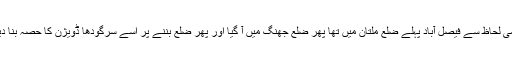
انتظامی لحاظ سے فیصل آباد پہلے ضلع ملتان میں تھا پھر ضلع جھنگ میں آ گیا اور پھر ضلع بننے پر اِسے سرگودھا ڈویژن کا حصہ بنا دیا گیا۔